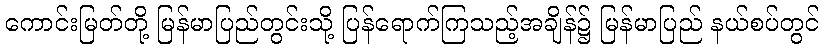
ကောင်းမြတ်တို့ မြန်မာပြည်တွင်းသို့ ပြန်ရောက်ကြသည့်အချိန်၌ မြန်မာပြည် နယ်စပ်တွင်